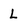
Character: L